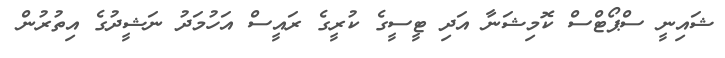
ޝައިނީ ސްޕޯޓްސް ކޮމިޝަނާ އަދި ޓީސީގެ ކުރީގެ ރައީސް އަހުމަދު ނަޝީދުގެ އިތުރުން